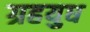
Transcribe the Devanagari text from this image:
ग्रहयुध